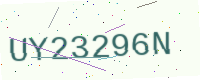
Text: UY23296N